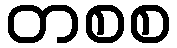
တစစ